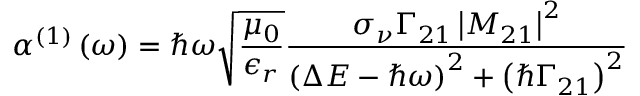
\alpha ^ { ( 1 ) } \left( \omega \right) = \hslash \omega \sqrt { \frac { \mu _ { 0 } } { \epsilon _ { r } } } \frac { \sigma _ { \nu } \Gamma _ { 2 1 } \left\vert M _ { 2 1 } \right\vert ^ { 2 } } { \left( \Delta E - \hslash \omega \right) ^ { 2 } + \left( \hslash \Gamma _ { 2 1 } \right) ^ { 2 } }